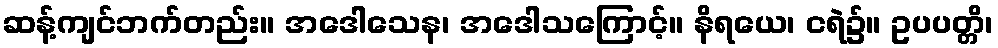
ဆန့်ကျင်ဘက်တည်း။ အဒေါသေန၊ အဒေါသကြောင့်။ နိရယေ၊ ငရဲ၌။ ဥပပတ္တိ၊